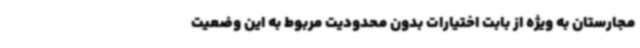
مجارستان به ویژه از بابت اختیارات بدون محدودیت مربوط به این وضعیت